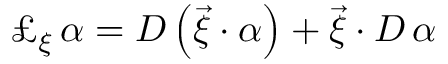
\pounds _ { \xi } \, \alpha = D \/ \left( \vec { \xi } \cdot \alpha \right) + \vec { \xi } \cdot D \, \alpha